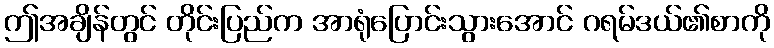
ဤအချိန်တွင် တိုင်းပြည်က အာရုံပြောင်းသွားအောင် ဂရမ်ဒယ်၏စာကို